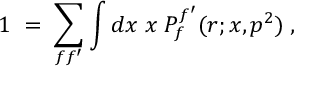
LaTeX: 1 \; = \; \sum _ { f f ^ { \prime } } \int d x \; x \; { \cal P } _ { f } ^ { f ^ { \prime } } ( r ; x , p ^ { 2 } ) \; ,